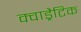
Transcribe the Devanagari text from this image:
क्वाड्रैटिक